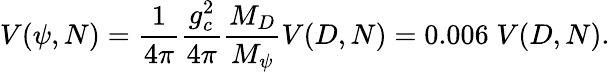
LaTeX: V(\psi,N)={\frac{1}{4\pi}}{\frac{g_{c}^{2}}{4\pi}}{\frac{M_{D}}{M_{\psi}}}V(D,N)=0.006\; V(D,N).